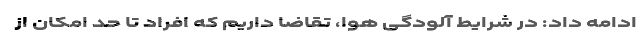
ادامه داد: در شرایط آلودگی هوا، تقاضا داریم که افراد تا حد امکان از